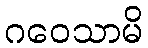
ဂဝေသာမိ